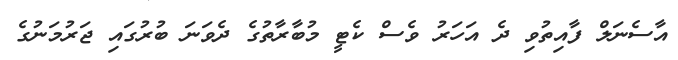
އާސެނަލް ފާއިތުވި ދެ އަހަރު ވެސް ކެޓީ މުބާރާތުގެ ދެވަނަ ބުރުގައި ޖަރުމަނުގެ